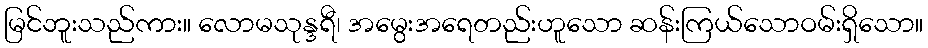
မြင်ဘူးသည်ကား။ လောမသုန္ဒရီ၊ အမွေးအရေတည်းဟူသော ဆန်းကြယ်သောဝမ်းရှိသော။